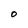
Character: O